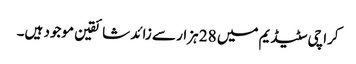
کراچی سٹیڈیم میں 28 ہزار سے زائد شائقین موجود ہیں۔